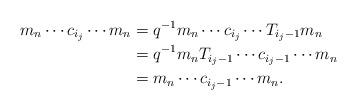
LaTeX: \begin{align*}m_n\dotsm c_{i_j}\dotsm m_n&=q^{-1}m_n\dotsm c_{i_j}\dotsm T_{i_j-1}m_n\\&=q^{-1}m_n T_{i_j-1}\dotsm c_{i_j-1}\dotsm m_n\\&=m_n\dotsm c_{i_j-1}\dotsm m_n.\end{align*}